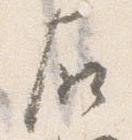
右